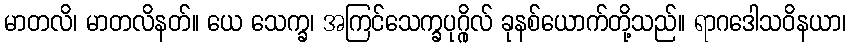
မာတလိ၊ မာတလိနတ်။ ယေ သေက္ခ၊ အကြင်သေက္ခပုဂ္ဂိုလ် ခုနစ်ယောက်တို့သည်။ ရာဂဒေါသဝိနယာ၊